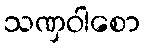
သဏှဝါစော